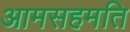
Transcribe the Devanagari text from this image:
आमसहमति